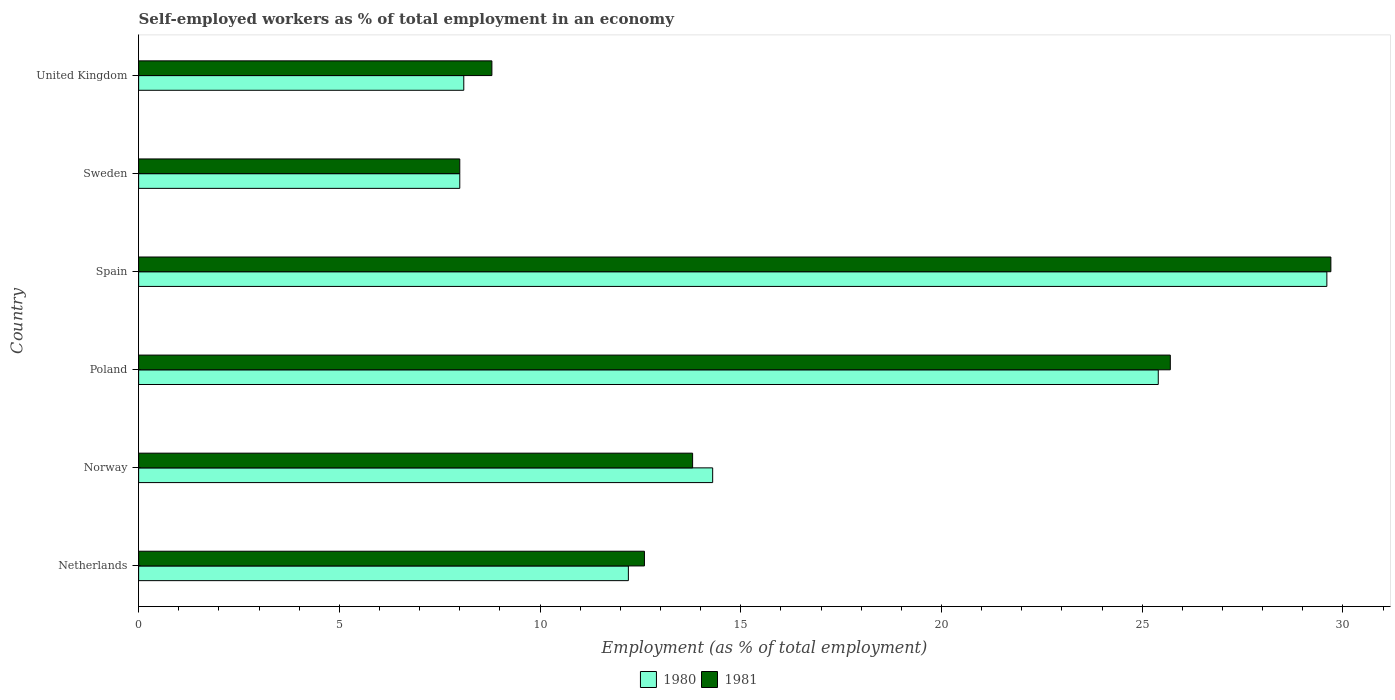
| Country | 1980 | 1981 |
 | --- | --- | --- |
 | Netherlands | 12.2 | 12.6 |
 | Norway | 14.3 | 13.8 |
 | Poland | 25.4 | 25.7 |
 | Spain | 29.6 | 29.7 |
 | Sweden | 8 | 8 |
 | United Kingdom | 8.1 | 8.8 |